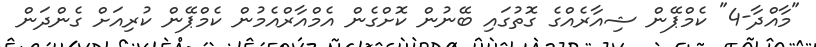
"މާއްދާ-4" ކެމްޕޭން ޝިއާރެއްގެ ގޮތުގައި ބޭނުން ކޮށްގެން އެމްއާރްއެމުން ކެމްޕޭން ކުރިއަށް ގެންދަން